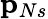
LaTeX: \mathbf{p}_{Ns}